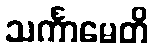
သင်္ကာမေတိ